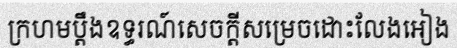
ក្រហមប្តឹងឧទ្ធរណ៍សេចក្តីសម្រេចដោះលែងអៀង